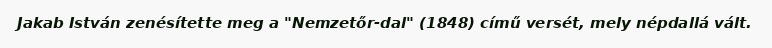
Jakab István zenésítette meg a "Nemzetőr-dal" (1848) című versét, mely népdallá vált.